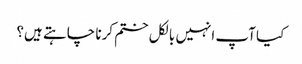
کیا آپ انہیں بالکل ختم کرنا چاہتے ہیں؟